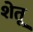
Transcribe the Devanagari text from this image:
शेतू